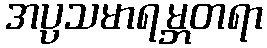
အပ္ပသမာရမ္ဘတရာ